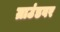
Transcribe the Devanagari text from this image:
ग्राउंडवर